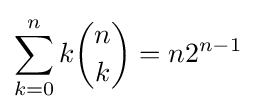
\sum _{k=0}^{n}k{n \choose k}=n2^{n-1}